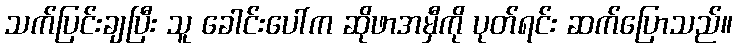
သက်ပြင်းချပြီး သူ ခေါင်းပေါ်က ဆိုဖာအမှီကို ပုတ်ရင်း ဆက်ပြောသည်။